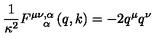
{ \frac { 1 } { \kappa ^ { 2 } } } F _ { \quad \alpha } ^ { \mu \nu , \alpha } \left( q , k \right) = - 2 q ^ { \mu } q ^ { \nu }